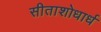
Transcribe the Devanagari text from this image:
सीताशोधार्ध